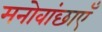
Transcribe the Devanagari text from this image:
मनोवांछाएँ